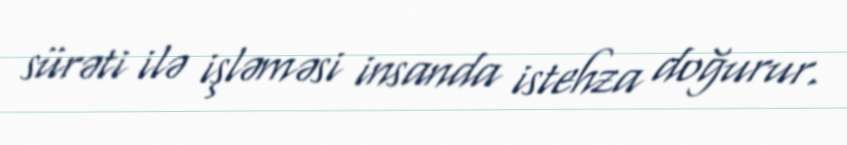
sürəti ilə işləməsi insanda istehza doğurur.